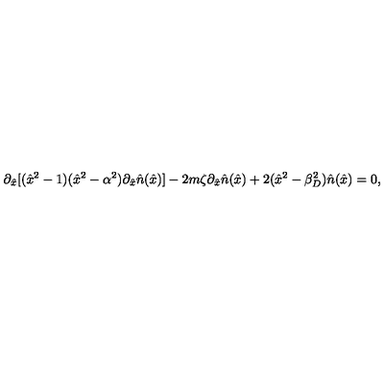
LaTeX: \partial _ { \hat { x } } [ ( \hat { x } ^ { 2 } - 1 ) ( \hat { x } ^ { 2 } - \alpha ^ { 2 } ) \partial _ { \hat { x } } \hat { n } ( \hat { x } ) ] - 2 m \zeta \partial _ { \hat { x } } \hat { n } ( \hat { x } ) + 2 ( \hat { x } ^ { 2 } - \beta _ { D } ^ { 2 } ) \hat { n } ( \hat { x } ) = 0 ,